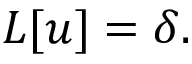
L [ u ] = \delta .